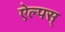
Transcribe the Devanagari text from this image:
ऐल्पस्